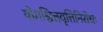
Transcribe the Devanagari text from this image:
योगश्चित्तवृत्तिनिरोधः